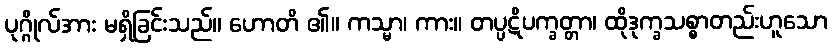
ပုဂ္ဂိုလ်အား မရှိခြင်းသည်။ ဟောတိ ၏။ ကသ္မာ၊ ကား။ တပ္ပဋိပက္ခတ္တာ၊ ထိုဒုက္ခသစ္စာတည်းဟူသော